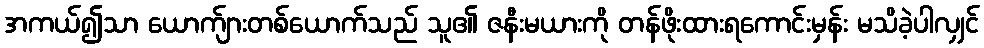
အကယ်၍သာ ယောက်ျားတစ်ယောက်သည် သူ၏ ဇနီးမယားကို တန်ဖိုးထားရကောင်းမှန်း မသိခဲ့ပါလျှင်